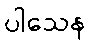
ပါသေန